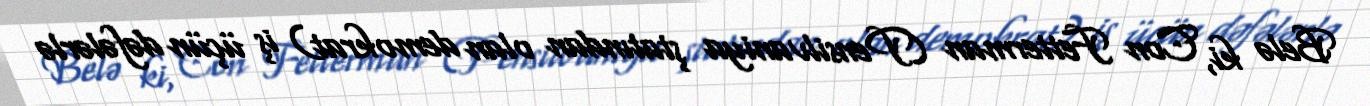
Belə ki, Con Fetterman (Pensilvaniya ştatından olan demokrat) iş üçün dəfələrlə